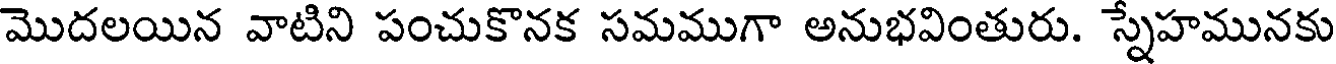
మొదలయిన వాటిని పంచుకొనక సమముగా అనుభవింతురు. స్నేహమునకు